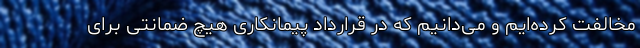
مخالفت کرده‌ایم و می‌دانیم که در قرارداد پیمانکاری هیچ ضمانتی برای